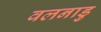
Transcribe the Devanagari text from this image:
वलनाडु